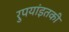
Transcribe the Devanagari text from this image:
रुपयांइतकी